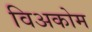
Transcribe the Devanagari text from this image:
विअकोम